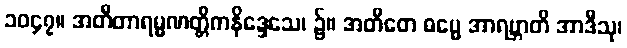
၁၀၄၇။ အတီတာရမ္မဏတ္တိကနိဒ္ဒေသေ၊ ၌။ အတီတေ ဓမ္မေ အာရဗ္ဘာတိ အာဒီသု၊